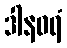
ဒါနဝရံ